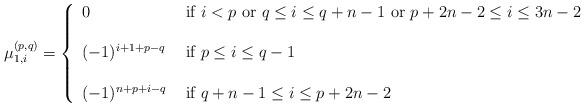
LaTeX: \begin{align*}\mu_{1,i}^{(p,q)}=\left\{\begin{array}{ll}0& \mbox{ if $i<p$ or $q\le i\le q+n-1$ or $p+2n-2\le i\le 3n-2$}\\&\\(-1)^{i+1 +p-q}& \mbox{ if $p\le i \le q-1$}\\ &\\(-1)^{n+p+i-q}& \mbox{ if $q+n-1\le i\le p+2n-2$}\\\end{array}\right.\end{align*}